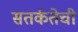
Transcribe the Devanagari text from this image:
सतर्कतेची